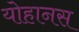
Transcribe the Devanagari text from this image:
योहानस